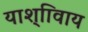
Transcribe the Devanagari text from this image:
याश्ािवाय